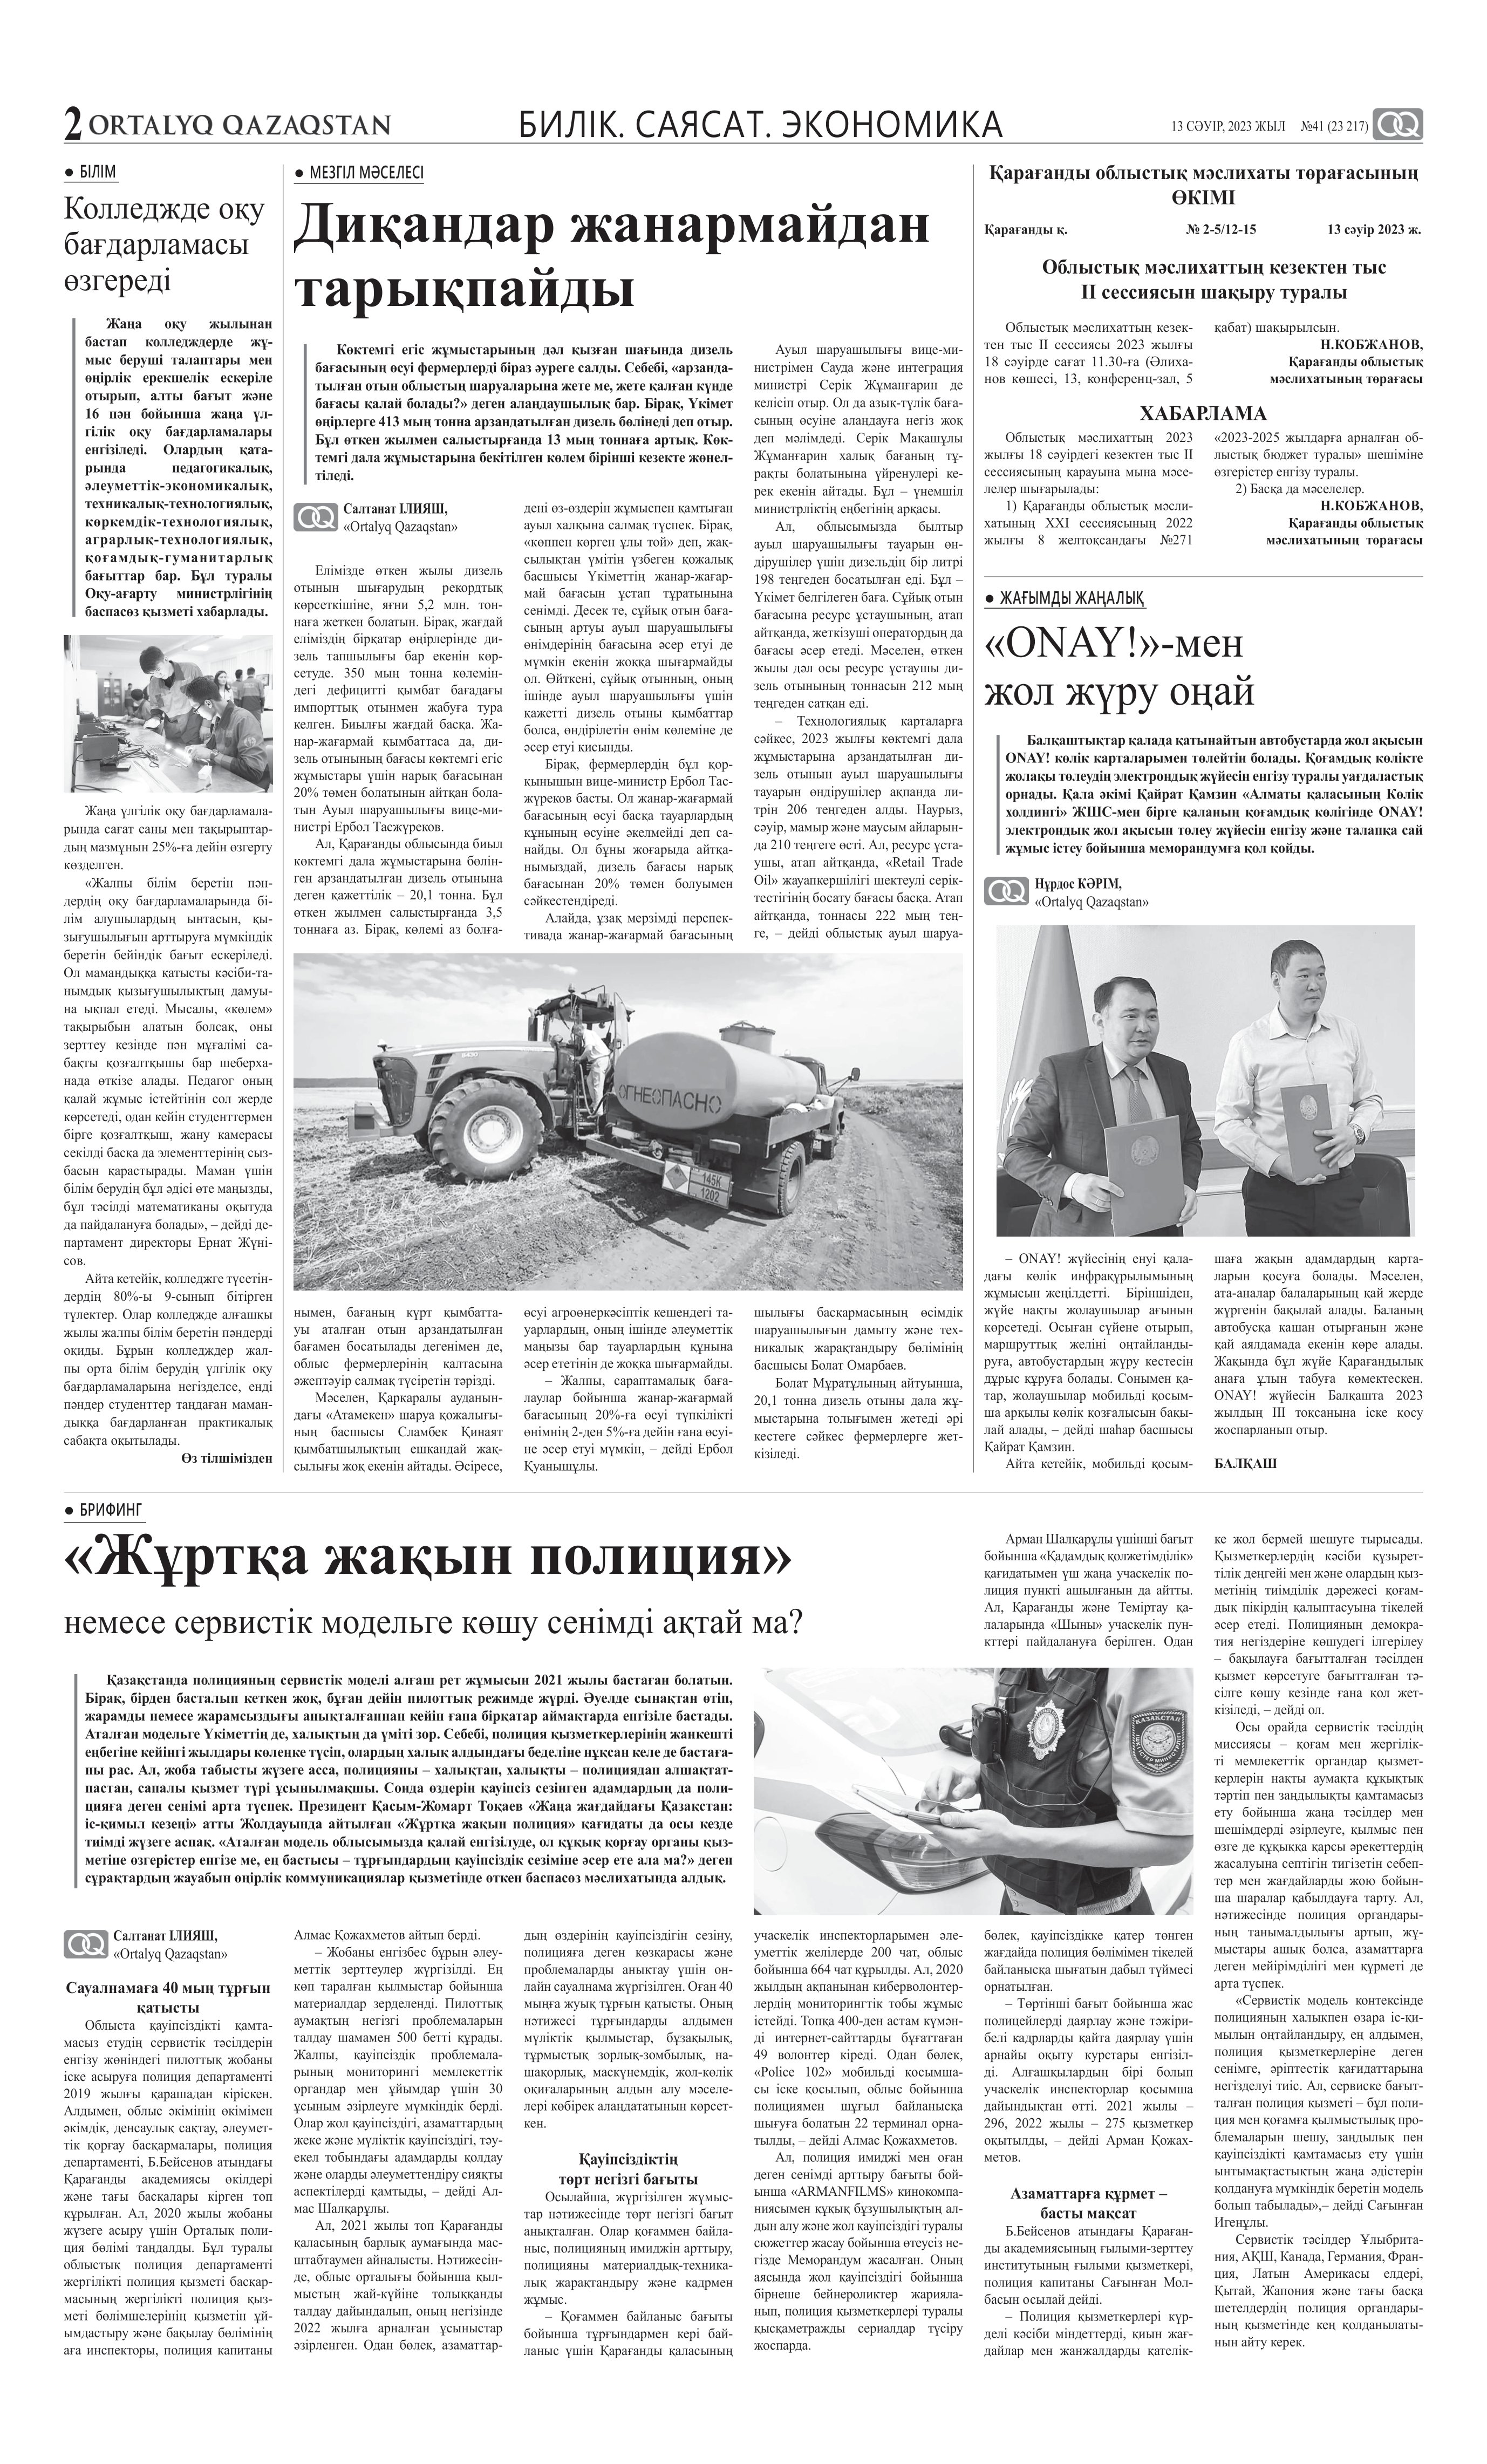
Language: kk